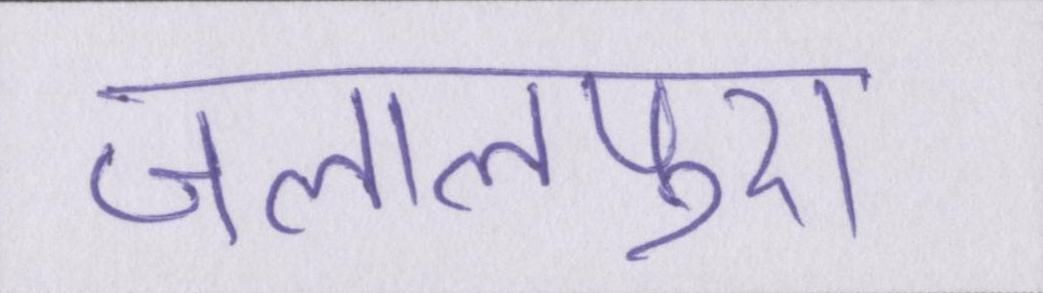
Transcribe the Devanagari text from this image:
जलालपुरा